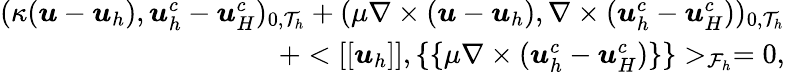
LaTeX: \begin{array}{r}{(\kappa(\boldsymbol{u}-\boldsymbol{u}_{h}),\boldsymbol{u}_{h}^{c}-\boldsymbol{u}_{H}^{c})_{0,\mathcal{T}_{h}}+(\mu\nabla\times(\boldsymbol{u}-\boldsymbol{u}_{h}),\nabla\times(\boldsymbol{u}_{h}^{c}-\boldsymbol{u}_{H}^{c}))_{0,\mathcal{T}_{h}}}\\ {+<[[\boldsymbol{u}_{h}]],\{ \{ \mu\nabla\times(\boldsymbol{u}_{h}^{c}-\boldsymbol{u}_{H}^{c})\} \} >_{\mathcal{F}_{h}}=0,}\end{array}